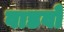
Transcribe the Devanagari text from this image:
वाडवो